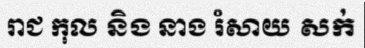
រាជ កុល និង នាង រំសាយ សក់